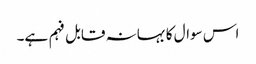
اس سوال کا بہانہ قابل فہم ہے۔